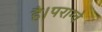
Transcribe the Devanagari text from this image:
है।पराग्वे